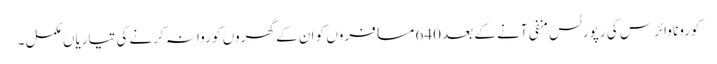
کورونا وائرس کی رپورٹس منفی آنے کے بعد 640 مسافروں کو ان کے گھروں کو روانہ کرنے کی تیاریاں مکمل ۔